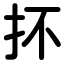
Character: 抔